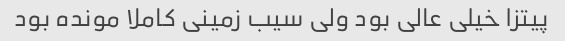
پیتزا خیلی عالی بود ولی سیب زمینی کاملا مونده بود